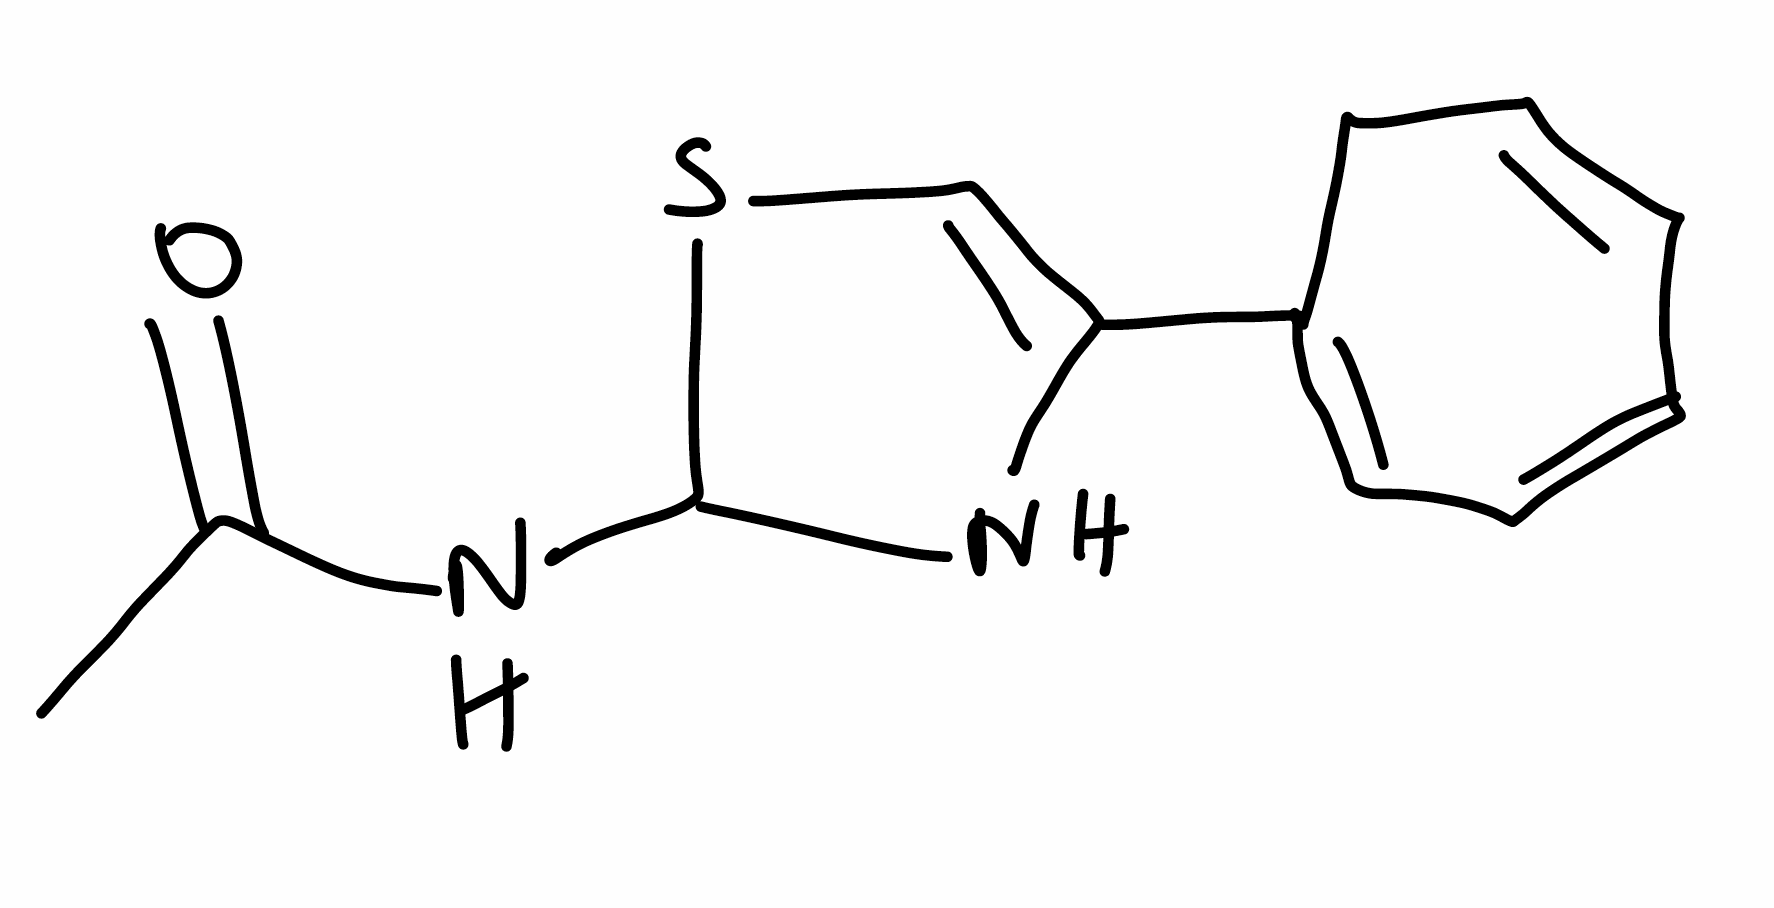
Simplified molecular-input line-entry system (SMILES) notation of the given molecule:
CC(=O)NC1NC(=CS1)C2=CC=CC=CC2